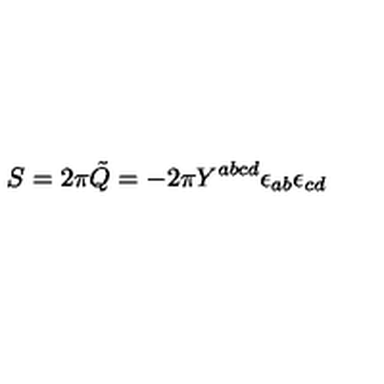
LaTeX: S = 2 \pi \tilde { Q } = - 2 \pi Y ^ { a b c d } \epsilon _ { a b } { \epsilon } _ { c d }